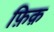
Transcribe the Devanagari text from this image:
फ़िक़